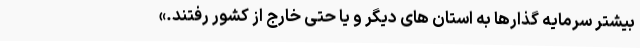
بیشتر سرمایه گذارها به استان های دیگر و یا حتی خارج از کشور رفتند.»